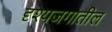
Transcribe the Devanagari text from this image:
दृश्यजगातील